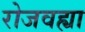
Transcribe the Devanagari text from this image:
रोजवह्या